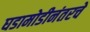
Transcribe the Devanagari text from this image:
घडामोडीनंतरचे